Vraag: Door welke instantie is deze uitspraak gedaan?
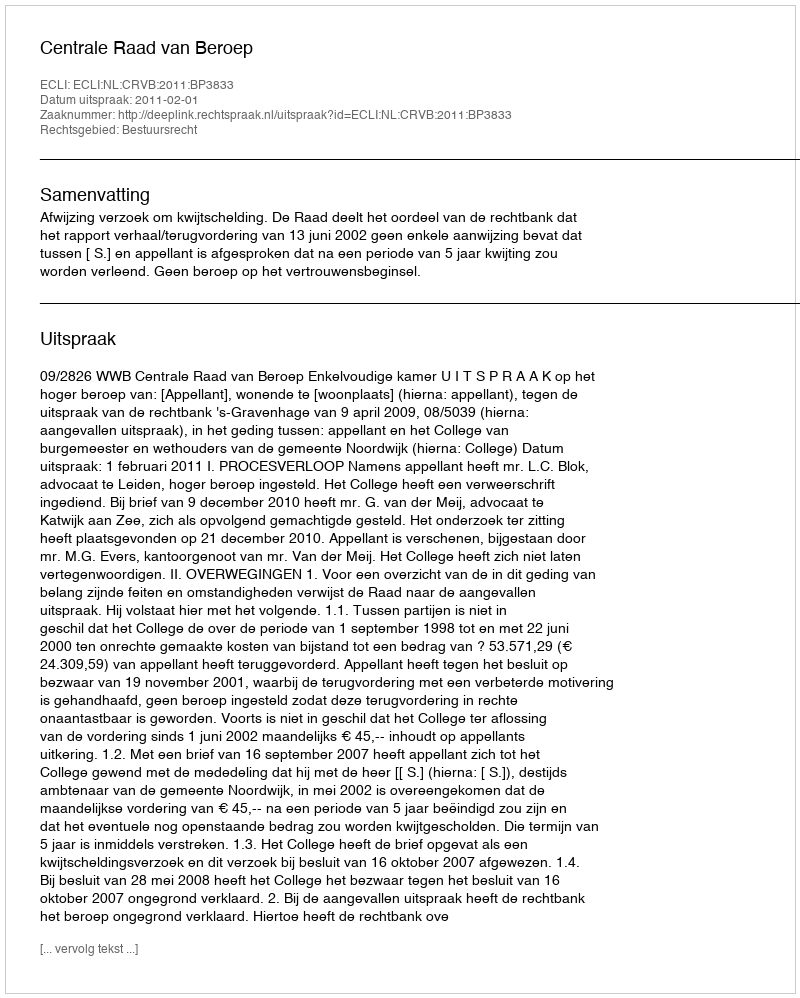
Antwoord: Centrale Raad van Beroep